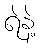
ရဲနဲ့